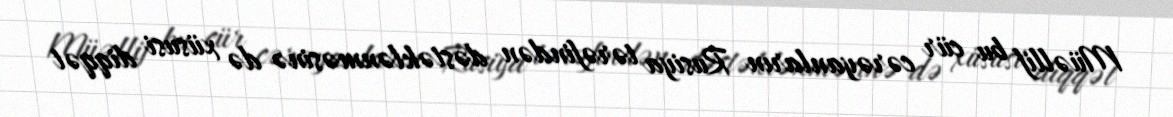
Müəllif bu cür cərəyanların Rusiya tərəfindən dəstəklənməsinə də xüsusi diqqət